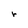
Character: r